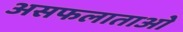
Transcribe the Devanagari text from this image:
असफलाताओं